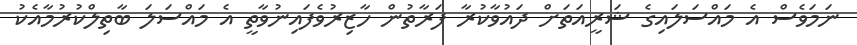
ނަމަވެސް އެ މައްސަލައިގެ ޝަރީއަތަށް ދައުވާކުރާ ފަރާތުން ހާޒިރުވެފައިނުވާތީ އެ މައްސަލަ ބާތިލްކުރުމާއެކު